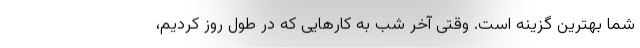
شما بهترین گزینه است. وقتی آخر شب به کارهایی که در طول روز کردیم،